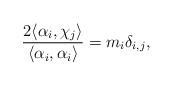
LaTeX: \begin{align*} \frac{2\langle\alpha_i,\chi_j\rangle}{\langle\alpha_i,\alpha_i\rangle}=m_{i}\delta_{i,j},\end{align*}